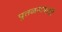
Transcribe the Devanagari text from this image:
पुतळयापाशी